Report of the Hyderabad Chloroform Commission
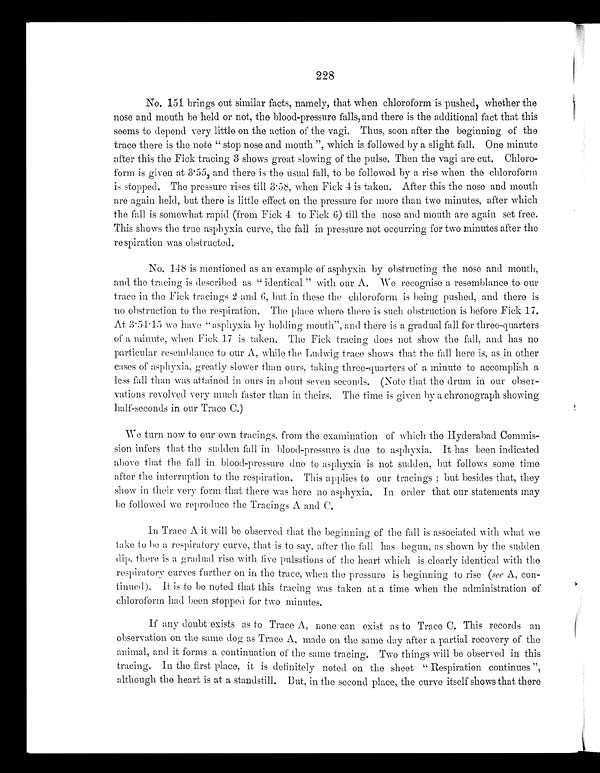
228
No. 151 brings out similar facts, namely, that when chloroform is pushed, whether the
nose and mouth be hold or not, the blood-pressure and there is the additional fact that this
seems to depend very little on the action of the vagi. Thus, soon after the beginning of the
trace there is the note "stop nose and mouth", which is followed by a slight fall. One minute
after this the Fick tracing 3 shows great slowing of the pulse. Then the vagi are cut. Chloro-
form is given at 3·55, and there is the usual fall, to be followed by a rise when the chloroform
is stopped. The pressure rises till 3·58, when Fick 4 is taken. After this the nose and mouth
are again held, but there is little effect on the pressure for more than two minutes, after which
the fall is somewhat rapid (from Fick 4 to Fick 6) till the nose and mouth are again set free.
This shows the true asphyxia curve, the fall in pressure not occurring for two minutes after the
respiration was obstructed.
No. 148 is mentioned as an example of asphyxia by obstructing the nose and mouth,
and the tracing is described as "identical" with our A. We recognise a resemblance to our
trace in the Fick tracings 2 and 6, but in these the chloroform is being pushed, and there is
no obstruction to the respiration. The place where there is such obstruction is before Fick 17.
At 3·54·15 we have "asphyxia by holding mouth", and there is a gradual fall for three-quarters
of a minute, when Fick 17 is taken. The Fick tracing does not show the fall, and has no
particular resemblance to our A, while the Ludwig trace shows that the fall here is, as in other
cases of asphyxia, greatly slower than ours, taking three-quarters of a minute to accomplish a
less fall than was attained in ours in about seven seconds. (Note that the drum in our obser-
vations revolved very much faster than in theirs. The time is given by a chronograph showing
half-seconds in our Trace C.)
We turn now to our own tracings, from the examination of which the Hyderabad Commis-
sion infers that the sudden fall in blood-pressure is due to asphyxia. It has been indicated
above that the fall in blood-pressure due to asphyxia is not sudden, but follows some time
after the interruption to the respiration. This applies to our tracings; but besides that, they
show in their very form that there was here no asphyxia. In order that our statements may
be followed we reproduce the Tracings A and C.
In Trace A it will be observed that the beginning of the fall is associated with what we
take to be a respiratory curve, that is to say, after the fall has begun, as shown by the sudden
dip, there is a gradual rise with five pulsations of the heart which is clearly identical with the
respiratory curves further on in the trace, when the pressure is beginning to rise (see A, con-
tinued). It is to be noted that this tracing was taken at a time when the administration of
chloroform had been stopped for two minutes.
If any doubt exists as to Trace A, none can exist as to Trace C. This records an
observation on the same dog as Trace A, made on the same day after a partial recovery of the
animal, and it forms a continuation of the same tracing. Two things will be observed in this
tracing. In the first place, it is definitely noted on the sheet "Respiration continues",
although the heart is at a standstill. But, in the second place, the curve itself shows that there